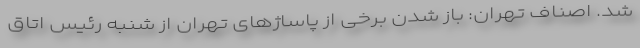
شد. اصناف تهران: باز شدن برخی از پاساژهای تهران از شنبه رئیس اتاق